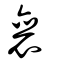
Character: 襄